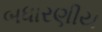
બધારણીય